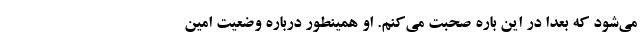
می‌شود که بعدا در این باره صحبت می‌کنم. او همینطور درباره وضعیت امین